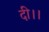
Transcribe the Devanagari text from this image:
दी।।